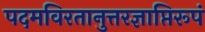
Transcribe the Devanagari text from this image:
पदमविरतानुत्तरज्ञाप्तिरूपं